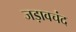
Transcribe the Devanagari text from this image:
जड़ावचंद